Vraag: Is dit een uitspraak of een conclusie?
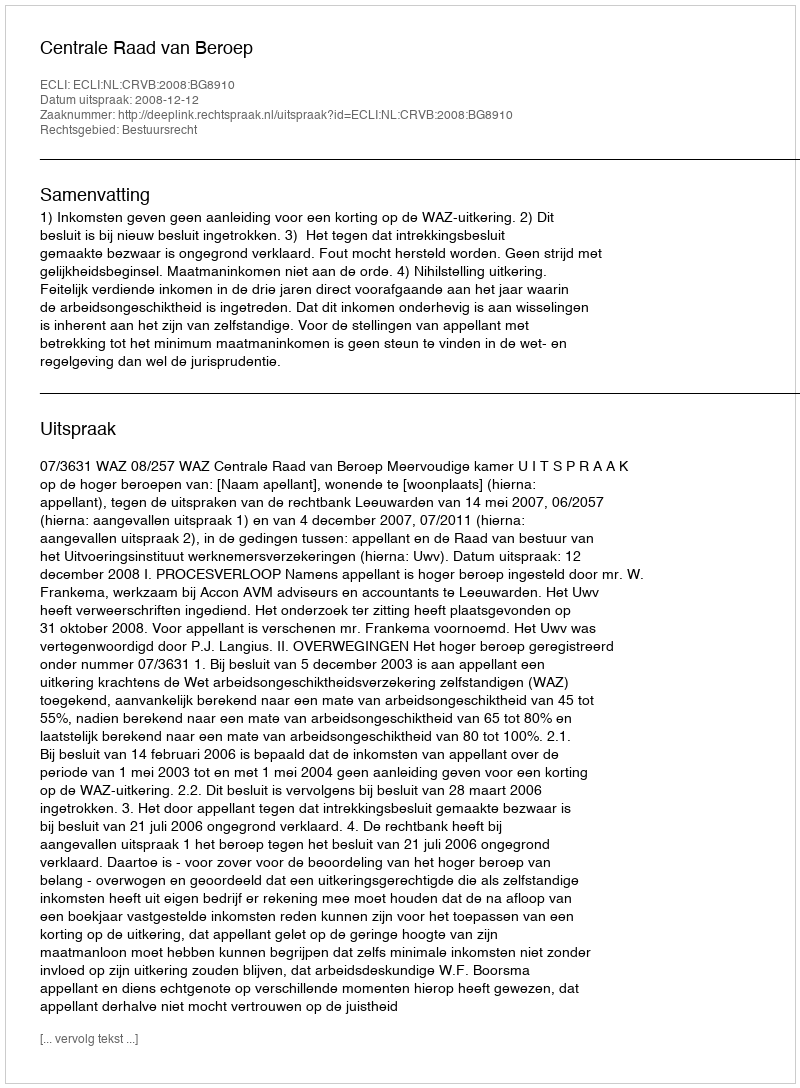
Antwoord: Uitspraak